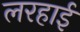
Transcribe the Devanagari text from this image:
लरहाई